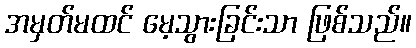
အမှတ်မထင် မေ့သွားခြင်းသာ ဖြစ်သည်။